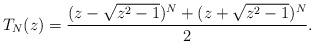
\begin{align*}T_{N}(z) = \frac{ ( z - \sqrt{z^{2}-1} )^{N} + ( z + \sqrt{z^{2}-1} )^{N}}{2}.\end{align*}